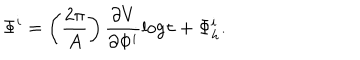
\Phi ^ { i } = \left( \frac { 2 \pi } { A } \right) \frac { \partial V } { \partial \Phi ^ { i } } \mathrm { l o g } \tau + \Phi _ { h } ^ { i } .